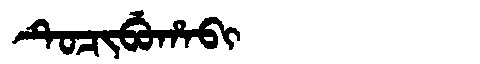
Manchu: ᡨᡠᠴᡳᠪᡠᡥᠠᠪᡳ
Romanization: TUCIBUHABI